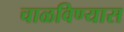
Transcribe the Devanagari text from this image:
चाळविण्यास